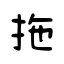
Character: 拖